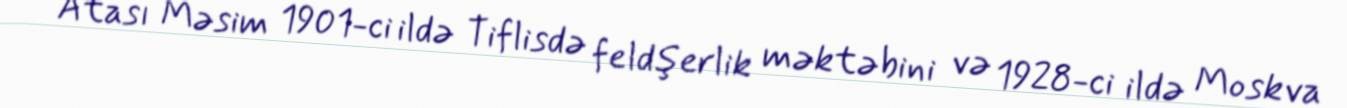
Atası Məsim 1901-ci ildə Tiflisdə feldşerlik məktəbini və 1928-ci ildə Moskva